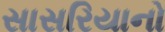
સાસરિયાનો